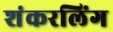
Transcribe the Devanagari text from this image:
शंकरलिंग